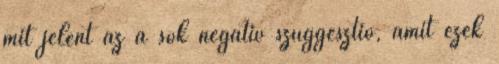
mit jelent az a sok negatív szuggesztió, amit ezek